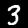
Digit: 3